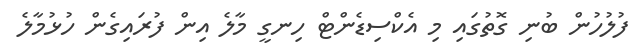
ފުލުހުން ބުނި ގޮތުގައި މި އެކްސިޑެންޓް ހިނގީ މާލެ އިން ފުރައިގެން ހުޅުމާލެ